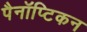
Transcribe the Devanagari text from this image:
पैनॉप्टिकन